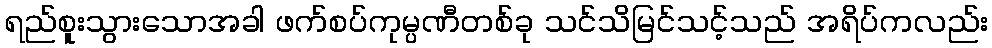
ရည်စူးသွားသောအခါ ဖက်စပ်ကုမ္ပဏီတစ်ခု သင်သိမြင်သင့်သည် အရိပ်ကလည်း